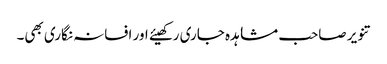
تنویر صاحب مشاہدہ جاری رکھیئے اور افسانہ نگاری بھی۔